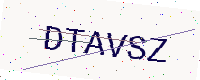
Text: DTAVSZ